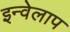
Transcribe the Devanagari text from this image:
इन्वेलाप